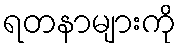
ရတနာများကို